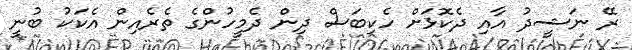
ރޭ ނަޝީދު އާއި ދެކޮޅަށް ހެކިބަސް ދިން ދެމީހުންގެ ތެރެއިން އެކަކު ބުނީ